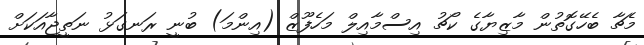
މެޗާ ބެހޭގޮތުން މާޒިޔާގެ ކޯޗު އިސްމާއިލް މަހެފޫޒް (އިންމަ) ބުނީ ރަނގަޅު ނަތީޖާއަކަށް